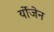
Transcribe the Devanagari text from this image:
र्योजेन